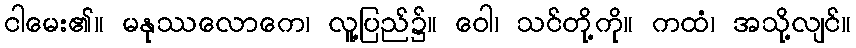
ငါမေး၏။ မနုဿလောကေ၊ လူ့ပြည်၌။ ဝေါ၊ သင်တို့ကို။ ကထံ၊ အသို့လျင်။